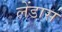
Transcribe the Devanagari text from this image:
लेंडास